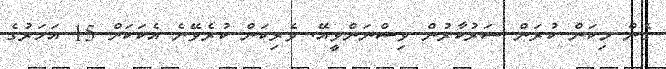
ގެން މިކަން ކުރަން ސަރުކާރުން ވިސްނަންވީއޭ. ވެރިކަން ކުރެވޭނެ އެކަކަށް 15 އަހަރުގެ